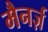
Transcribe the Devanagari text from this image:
मैनर्ज़